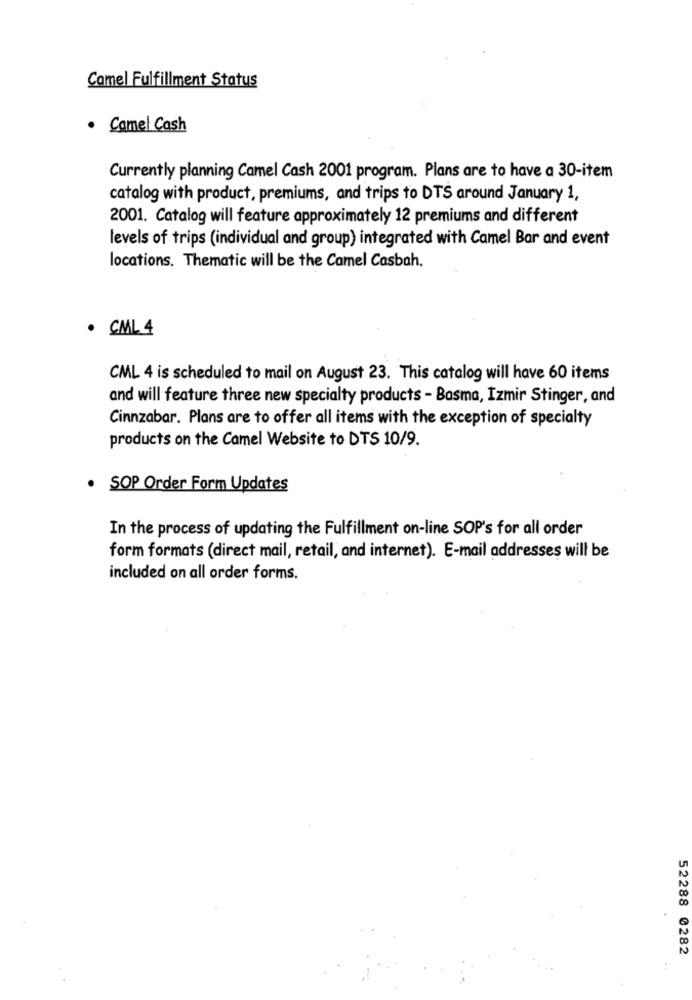
Camel Fulfillment Status
· Camel Cash
Currently planning Camel Cash 2001 program. Plans are to have a 30-item
catalog with product, premiums, and trips to DTS around January 1,
2001. Catalog will feature approximately 12 premiums and different
levels of trips (individual and group) integrated with Camel Bar and event
locations. Thematic will be the Camel Casbah.
. CML 4
CML 4 is scheduled to mail on August 23. This catalog will have 60 items
and will feature three new specialty products - Basma, Izmir Stinger, and
Cinnzabar. Plans are to offer all items with the exception of specialty
products on the Camel Website to DTS 10/9.
· SOP Order Form Updates
In the process of updating the Fulfillment on-line SOP's for all order
form formats (direct mail, retail, and internet). E-mail addresses will be
included on all order forms.
52288 0282